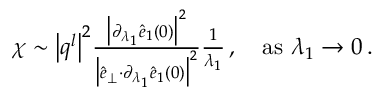
\begin{array} { r } { \chi \sim \big \vert \boldsymbol { q } ^ { l } \big \vert ^ { 2 } \frac { \big \vert \partial _ { \lambda _ { 1 } } \hat { e } _ { 1 } ( 0 ) \big \vert ^ { 2 } } { \big \vert \hat { e } _ { \perp } { \cdot } \partial _ { \lambda _ { 1 } } \hat { e } _ { 1 } ( 0 ) \big \vert ^ { 2 } } \frac { 1 } { \lambda _ { 1 } } \, , ~ ~ ~ \mathrm { a s } ~ \lambda _ { 1 } \rightarrow 0 \, . } \end{array}